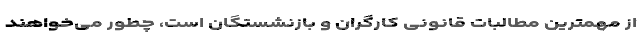
از مهمترین مطالباتِ قانونیِ کارگران و بازنشستگان است، چطور می‌خواهند